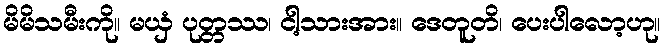
မိမိသမီးကို။ မယှံ ပုတ္တဿ၊ ငါ့သားအား။ ဒေတူတိ၊ ပေးပါလော့ဟု။